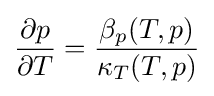
{\frac {\partial p}{\partial T}}={\frac {\beta _{p}(T,p)}{\kappa _{T}(T,p)}}